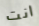
انت